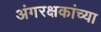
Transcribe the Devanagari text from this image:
अंगरक्षकांच्या